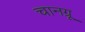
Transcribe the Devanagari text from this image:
चानग्रू